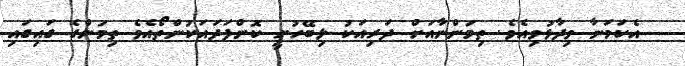
އެކަމަނާ ވިދާޅުވިއެވެ. ތިމަންނާއަށް ދަރިއަކު ލިބޭހުށީ ކޮންފަދައަކުންތޯއެވެ ތިމަންގެ ގައިގައި